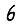
Digit: 6